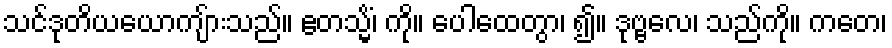
သင်ဒုတိယယောကျ်ားသည်။ ဧတသ္မိံ၊ ကို။ ပေါထေတွာ၊ ၍။ ဒုဗ္ဗလေ၊ သည်ကို။ ကတေ၊